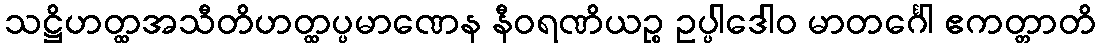
သဋ္ဌိဟတ္ထအသီတိဟတ္ထပ္ပမာဏေန နီဝရဏိယဉ္စ ဥပ္ပါဒေါဝ မာတင်္ဂေါ ဧကတ္တာတိ